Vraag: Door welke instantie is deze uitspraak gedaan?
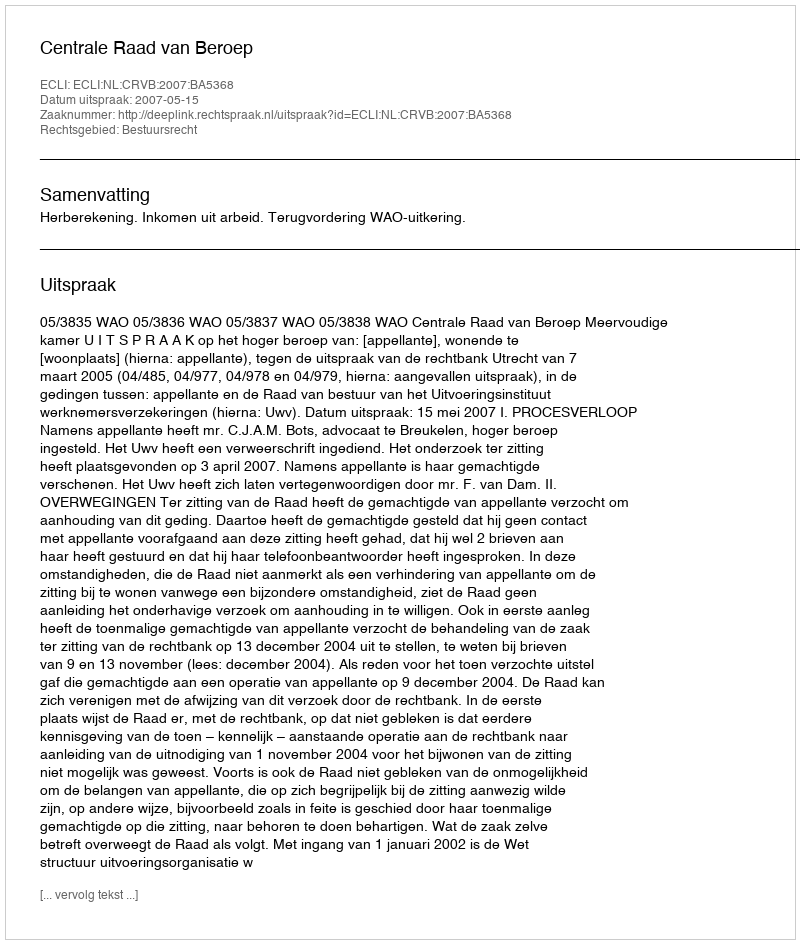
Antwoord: Centrale Raad van Beroep